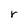
Character: r